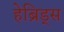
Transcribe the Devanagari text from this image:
हेब्रिड्स